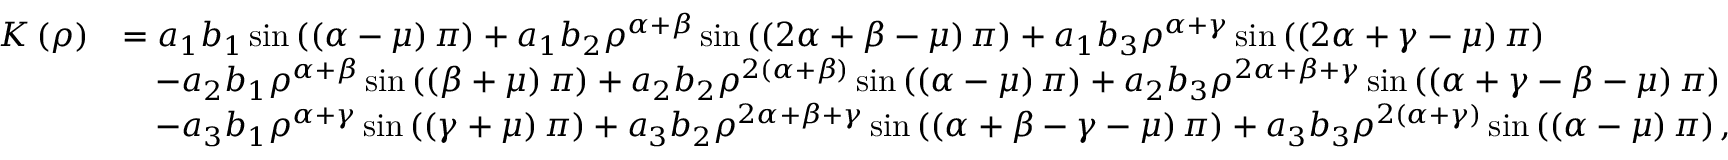
\begin{array} { r l } { K \left( \rho \right) } & { = a _ { 1 } b _ { 1 } \sin \left( \left( \alpha - \mu \right) \pi \right) + a _ { 1 } b _ { 2 } \rho ^ { \alpha + \beta } \sin \left( \left( 2 \alpha + \beta - \mu \right) \pi \right) + a _ { 1 } b _ { 3 } \rho ^ { \alpha + \gamma } \sin \left( \left( 2 \alpha + \gamma - \mu \right) \pi \right) } \\ & { \quad - a _ { 2 } b _ { 1 } \rho ^ { \alpha + \beta } \sin \left( \left( \beta + \mu \right) \pi \right) + a _ { 2 } b _ { 2 } \rho ^ { 2 \left( \alpha + \beta \right) } \sin \left( \left( \alpha - \mu \right) \pi \right) + a _ { 2 } b _ { 3 } \rho ^ { 2 \alpha + \beta + \gamma } \sin \left( \left( \alpha + \gamma - \beta - \mu \right) \pi \right) } \\ & { \quad - a _ { 3 } b _ { 1 } \rho ^ { \alpha + \gamma } \sin \left( \left( \gamma + \mu \right) \pi \right) + a _ { 3 } b _ { 2 } \rho ^ { 2 \alpha + \beta + \gamma } \sin \left( \left( \alpha + \beta - \gamma - \mu \right) \pi \right) + a _ { 3 } b _ { 3 } \rho ^ { 2 \left( \alpha + \gamma \right) } \sin \left( \left( \alpha - \mu \right) \pi \right) , } \end{array}